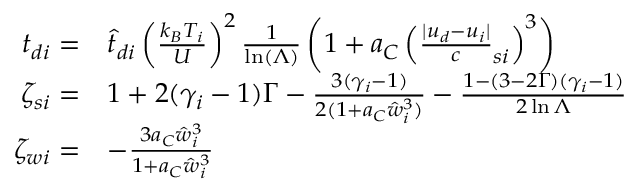
\begin{array} { r l } { { t _ { d i } } = } & { \hat { t } _ { d i } \left( \frac { k _ { B } T _ { i } } U \right) ^ { 2 } \frac 1 { \ln ( \Lambda ) } \left( 1 + a _ { C } \left( \frac { | { u _ { d } } - { u _ { i } } | } c _ { s i } \right) ^ { 3 } \right) } \\ { \zeta _ { s i } = } & { 1 + 2 ( \gamma _ { i } - 1 ) \Gamma - \frac { 3 ( \gamma _ { i } - 1 ) } { 2 ( 1 + a _ { C } \hat { w } _ { i } ^ { 3 } ) } - \frac { 1 - ( 3 - 2 \Gamma ) ( \gamma _ { i } - 1 ) } { 2 \ln { \Lambda } } } \\ { \zeta _ { w i } = } & { - \frac { 3 a _ { C } \hat { w } _ { i } ^ { 3 } } { 1 + a _ { C } \hat { w } _ { i } ^ { 3 } } } \end{array}